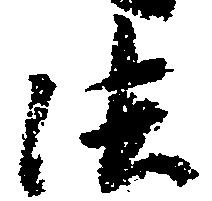
法